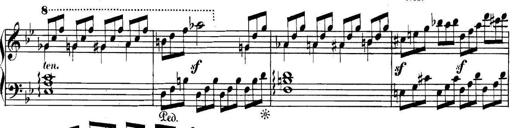
Title: Collected Piano Sonatas
Composer: Muzio Clementi